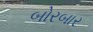
બોરબાર